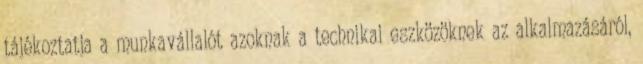
tájékoztatja a munkavállalót azoknak a technikai eszközöknek az alkalmazásáról,